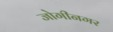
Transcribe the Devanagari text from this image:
जोगीनगर